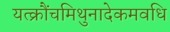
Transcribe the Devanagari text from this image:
यत्क्रौंचमिथुनादेकमवधि